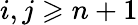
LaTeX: i,j\geqslant n+1